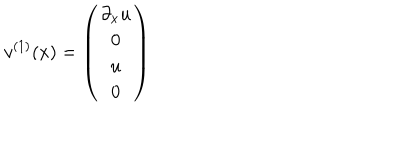
LaTeX: v ^ { ( 1 ) } ( x ) = \left( \begin{array} { c } { { \partial _ { x } u } } \\ { { 0 } } \\ { { u } } \\ { { 0 } } \\ \end{array} \right)